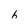
Character: 6